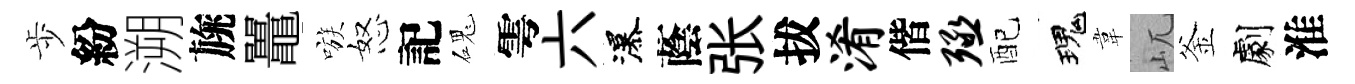
歩紛溯旐鼉嗾怒記磈雩六瀑蔭张拔淆偕殛配瑰韋屼釜劇淮